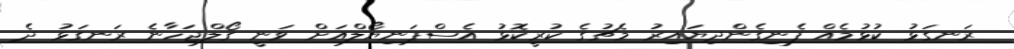
ރަނގަޅު ކުޅުމެއް ފެނިގެންދިޔައިރު މެޗުގެ ކުރީކޮޅު އެސްޕަނިޔޯލްއަށް ވަނީ ގޯލްޖަހާނެ ރަނގަޅު ދެ